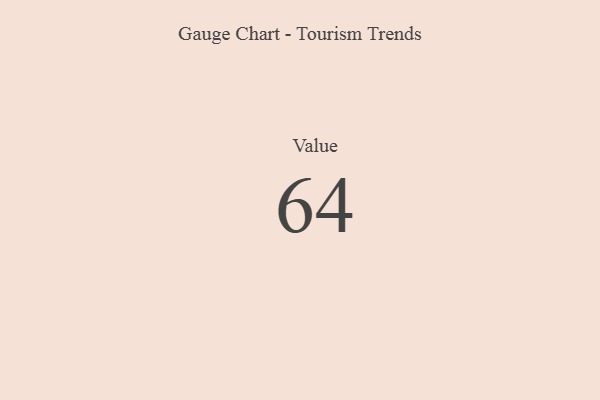
{"axis": {"x": "Metric", "y": "Value"}, "legend": [""], "data": [{"x": "Value", "y": 64, "type": ""}]}